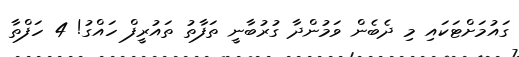
ގައުމަށްޓަކައި މި ދެބެން ވަމުންދާ ގުރުބާނީ ތަފާތު ތައުރީފް ހައްގު! 4 ހަފްތާ